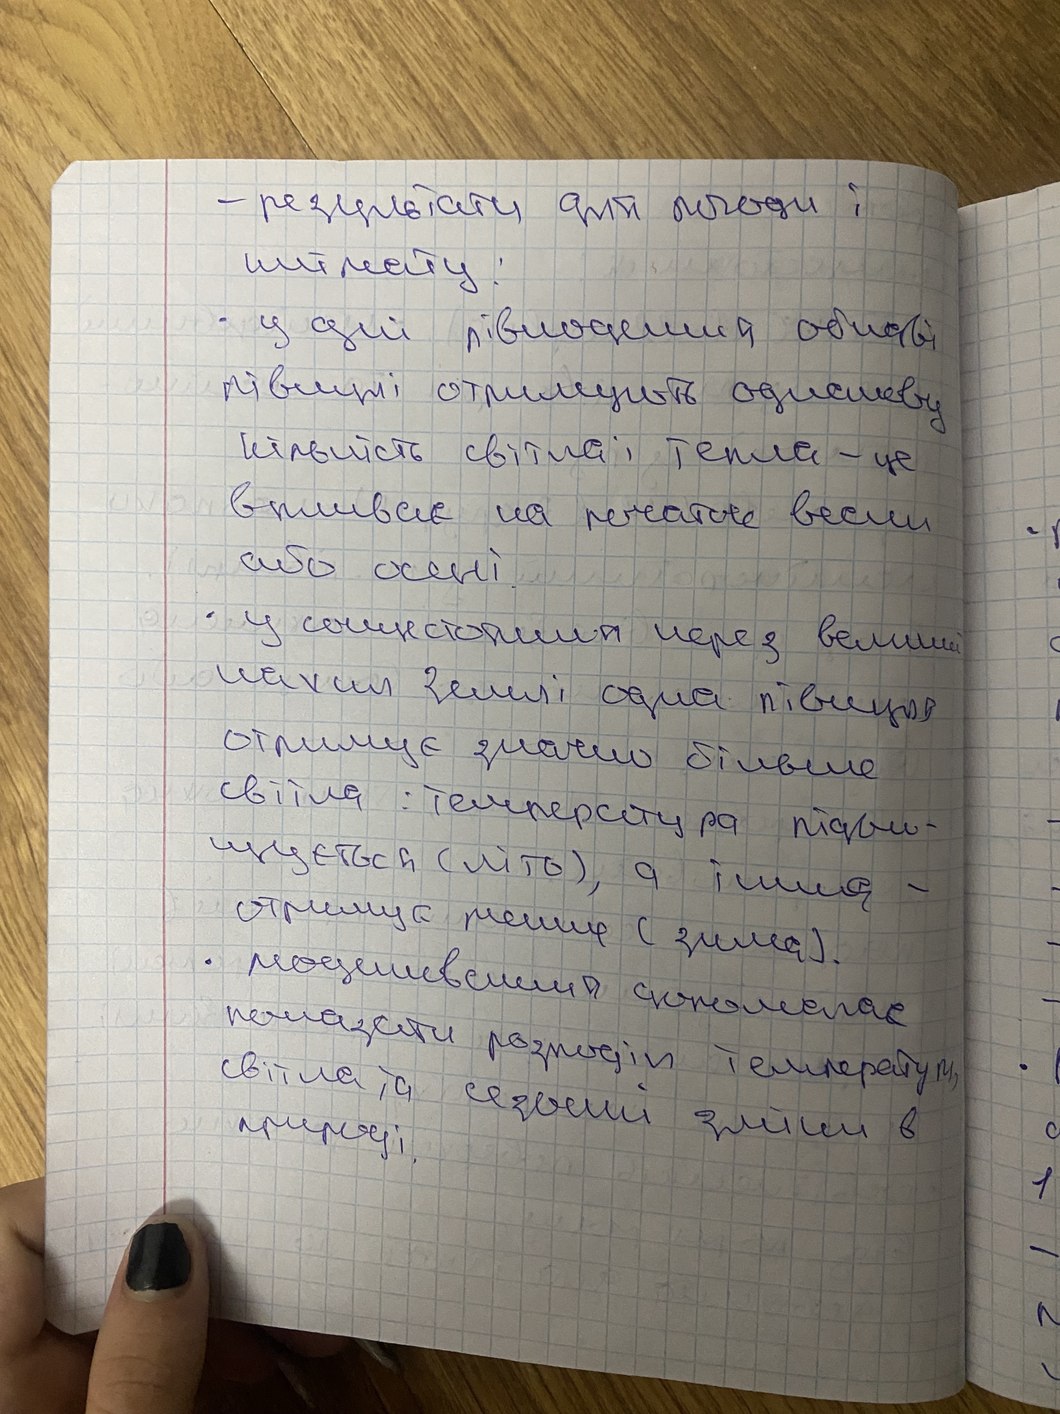
результати для погоди і
клімату:
⋅ у дні рівнодення обидві
півкулі отримують однакову
кількість світла і тепла - це
впливає на початок весни
або осені.
⋅ у сонцестояння через великий
нахил Землі одна півкуля
отримує значно більше
світла: температура підви-
щується (літо), а інша -
отримує менше (зима).
⋅ моделювання допомогає
показати розподіл температур,
світла та сезонні зміни в
природі.
1